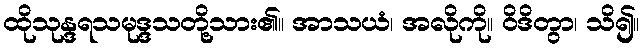
ထိုသုန္ဒရသမုဒ္ဒသတို့သား၏။ အာသယံ၊ အလိုကို။ ဝိဒိတွာ၊ သိ၍။